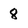
Character: 8